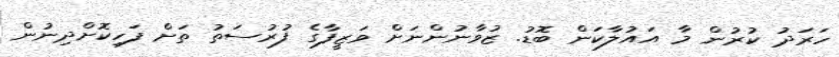
ހަރަދު ކުރުން މާ އައުލާކަން ބޮޑު. ޒުވާނުންނަށް ވަޒީފާގެ ފުރުސަތު ތަށް ފަހިކޮށްދިނުން